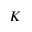
K